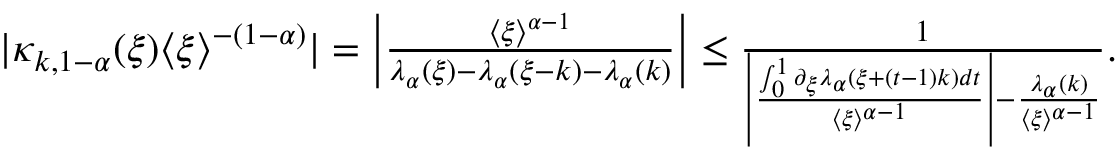
\begin{array} { r } { | \kappa _ { k , 1 - \alpha } ( \xi ) \langle \xi \rangle ^ { - ( 1 - \alpha ) } | = \left| \frac { \langle \xi \rangle ^ { \alpha - 1 } } { \lambda _ { \alpha } ( \xi ) - \lambda _ { \alpha } ( { \xi - k } ) - \lambda _ { \alpha } ( k ) } \right| \le \frac { 1 } { \left| \frac { \int _ { 0 } ^ { 1 } \partial _ { \xi } \lambda _ { \alpha } ( \xi + ( t - 1 ) k ) d t } { \langle \xi \rangle ^ { \alpha - 1 } } \right| - \frac { \lambda _ { \alpha } ( k ) } { \langle \xi \rangle ^ { \alpha - 1 } } } . } \end{array}